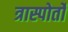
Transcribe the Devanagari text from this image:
त्रास्पोर्तो